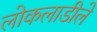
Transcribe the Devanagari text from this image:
लोकलाडीले